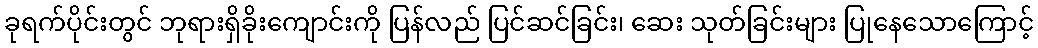
ခုရက်ပိုင်းတွင် ဘုရားရှိခိုးကျောင်းကို ပြန်လည် ပြင်ဆင်ခြင်း၊ ဆေး သုတ်ခြင်းများ ပြုနေသောကြောင့်